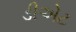
ડીએટ